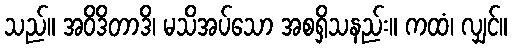
သည်။ အဝိဒိတာဒိ၊ မသိအပ်သော အစရှိသနည်း။ ကထံ၊ လျှင်။